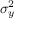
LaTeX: \sigma _ { y } ^ { 2 }